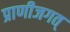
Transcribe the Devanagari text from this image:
प्राणीजगत्